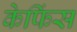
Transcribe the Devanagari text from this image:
केफिंस